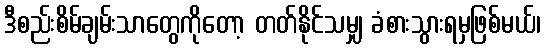
ဒီစည်းစိမ်ချမ်းသာတွေကိုတော့ တတ်နိုင်သမျှ ခံစားသွားရမှဖြစ်မယ်၊